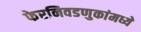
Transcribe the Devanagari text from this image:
फेरनिवडणुकांमध्ये